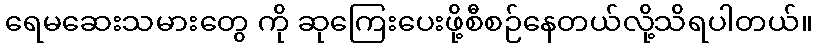
ရေမဆေးသမားတွေ ကို ဆုကြေးပေးဖို့စီစဉ်နေတယ်လို့သိရပါတယ်။